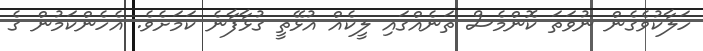
ހަލާކުވެގެން ނުވަތަ ކޮންމެސް ތަނެއްގައި ލީކެއް އުޅޭތީ ގުޅާފާނެ ކަމަށެވެ. އެހެންކަމުން ގެ